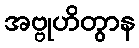
အဗ္ဗုဟိတွာန